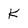
Character: K